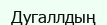
Дугаллдың